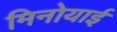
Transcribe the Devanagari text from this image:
मिनोयाई